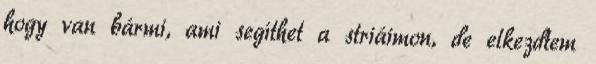
hogy van bármi, ami segíthet a striáimon, de elkezdtem